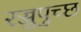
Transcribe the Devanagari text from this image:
रज्जुपुच्छ